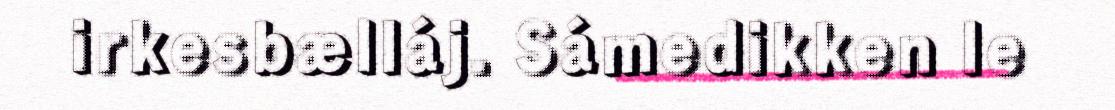
irkesbælláj. Sámedikken le